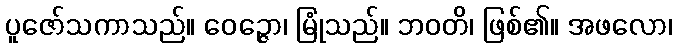
ပူဇော်သကာသည်။ ဝေဉ္ဇော၊ မြုံသည်။ ဘဝတိ၊ ဖြစ်၏။ အဖလော၊